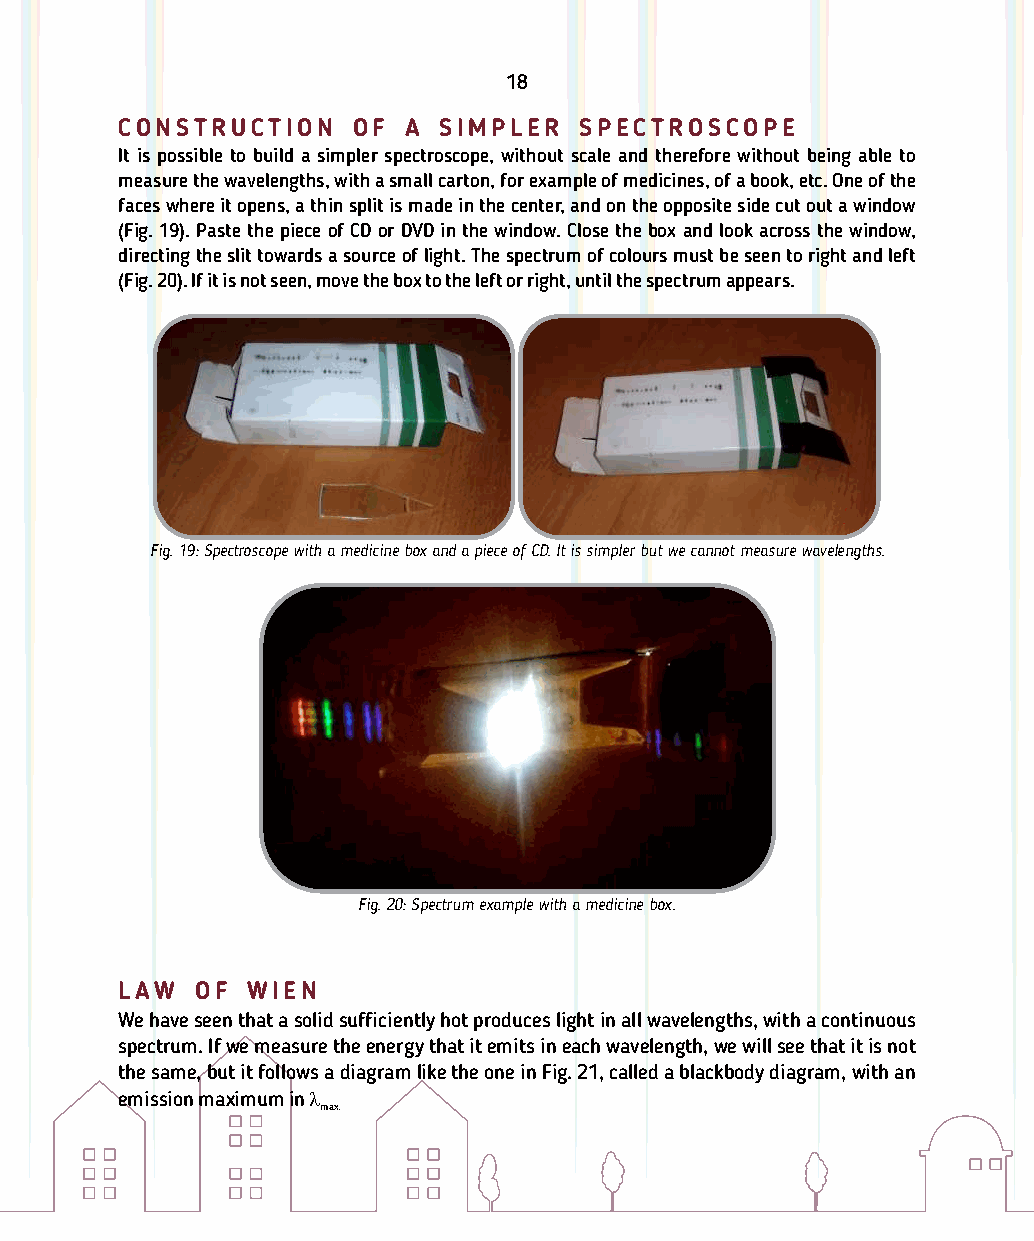
18
 C O N S T R U C T I O N O F A S I M P L E R S P E C T R O S C O P E
 It is possible to build a simpler spectroscope, without scale and therefore without being able to
 measure the wavelengths, with a small carton, for example of medicines, of a book, etc. One of the
 faces where it opens, a thin split is made in the center, and on the opposite side cut out a window
 (Fig. 19). Paste the piece of CD or DVD in the window. Close the box and look across the window,
 directing the slit towards a source of light. The spectrum of colours must be seen to right and left
 (Fig. 20). If it is not seen, move the box to the left or right, until the spectrum appears.
 Fig. 19: Spectroscope with a medicine box and a piece of CD. It is simpler but we cannot measure wavelengths.
 Fig. 20: Spectrum example with a medicine box.
 L A W O F W I E N
 We have seen that a solid suciently hot produces light in all wavelengths, with a continuous
 spectrum. If we measure the energy that it emits in each wavelength, we will see that it is not
 the same, but it follows a diagram like the one in Fig. 21, called a blackbody diagram, with an
 emission maximum in 
 max.